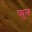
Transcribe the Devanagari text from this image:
फुन